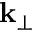
\mathbf { k } _ { \perp }